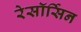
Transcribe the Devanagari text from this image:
रेसॉर्सिन